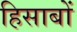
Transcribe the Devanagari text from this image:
हिसाबों